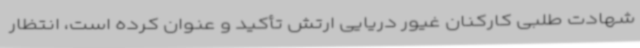
شهادت طلبی کارکنان غیور دریایی ارتش تأکید و عنوان کرده است، انتظار